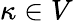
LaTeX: \kappa\in V